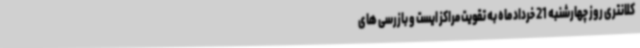
کلانتری روز چهارشنبه 21 خرداد ماه به تقویت مراکز ایست و بازرسی های